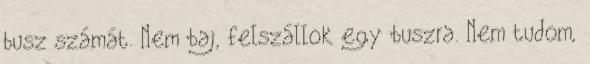
busz számát. Nem baj, felszállok egy buszra. Nem tudom,